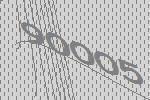
90005